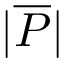
| \overline { { P } } |